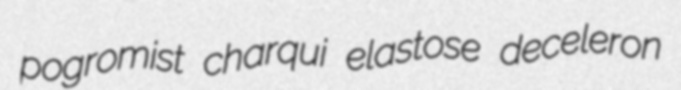
pogromist charqui elastose deceleron